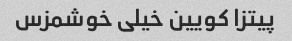
پیتزا کویین خیلی خوشمزس